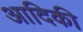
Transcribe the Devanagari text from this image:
आदिकी